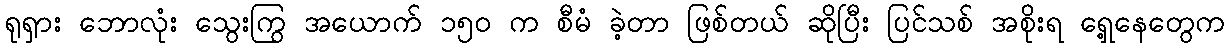
ရုရှား ဘောလုံး သွေးကြွ အယောက် ၁၅ဝ က စီမံ ခဲ့တာ ဖြစ်တယ် ဆိုပြီး ပြင်သစ် အစိုးရ ရှေ့နေတွေက